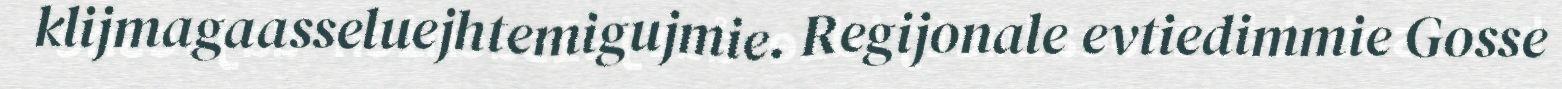
klijmagaasseluejhtemigujmie. Regijonale evtiedimmie Gosse